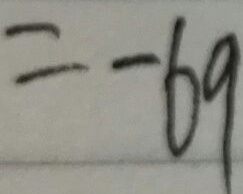
= - 6 9